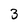
Character: 3